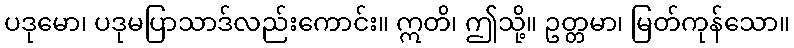
ပဒုမော၊ ပဒုမပြာသာဒ်လည်းကောင်း။ ဣတိ၊ ဤသို့။ ဥတ္တမာ၊ မြတ်ကုန်သော။